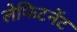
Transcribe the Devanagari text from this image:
लेफिटनेंट